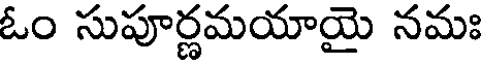
ఓం సుపూర్ణమయాయై నమః